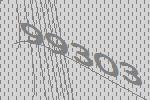
99303